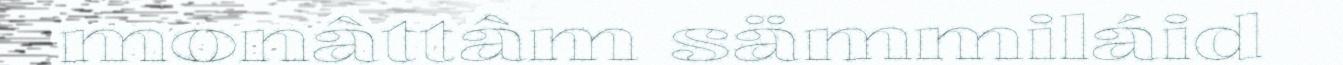
monâttâm sämmiláid